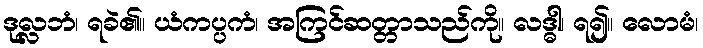
ဒုလ္လဘံ၊ ရခဲ၏။ ယံကပ္ပကံ၊ အကြင်ဆတ္တာသည်ကို။ လဒ္ဓါ၊ ရ၍။ လောမံ၊